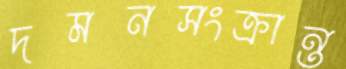
দমনসংক্রান্ত